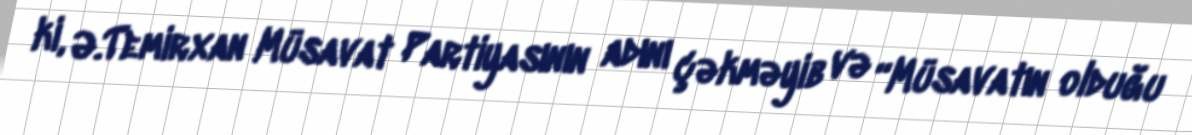
ki, Ə.Temirxan Müsavat Partiyasının adını çəkməyib və “Müsavatın olduğu